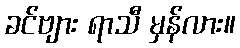
ခင်ဗျား ရာသီ မှန်လား။